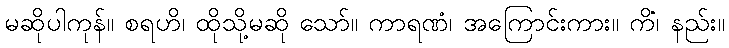
မဆိုပါကုန်။ စရဟိ၊ ထိုသို့မဆို သော်။ ကာရဏံ၊ အကြောင်းကား။ ကိံ၊ နည်း။